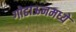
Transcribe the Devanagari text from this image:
गोडाऊनमध्ये